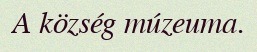
A község múzeuma.